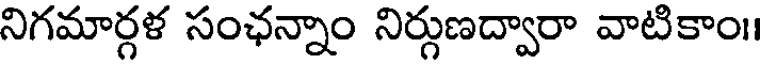
నిగమార్గళ సంఛన్నాం నిర్గుణద్వారా వాటికాం